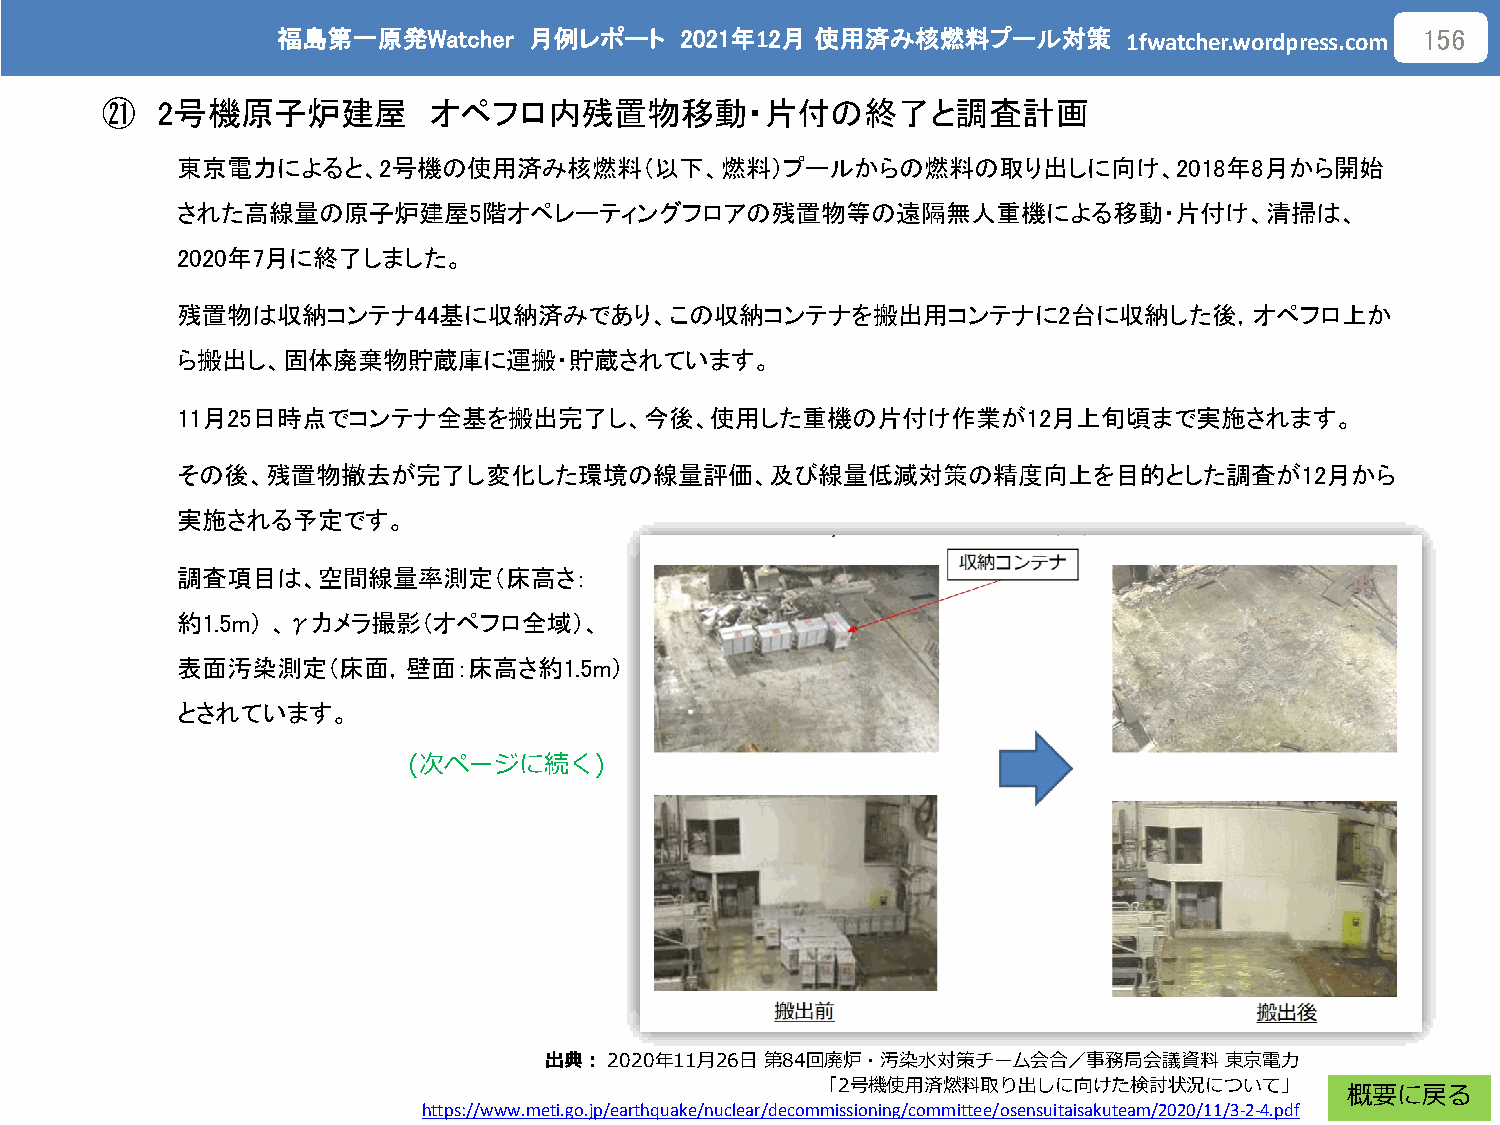
福島第一原発Watcher    月例レポート    2021年12月 使用済み核燃料プール対策
 1fwatcher.wordpress.com
 156
 ㉑  2号機原子炉建屋          オペフロ内残置物移動・片付の終了と調査計画
 東京電力によると、2号機の使用済み核燃料（以下、燃料）プールからの燃料の取り出しに向け、2018年8月から開始
 された高線量の原子炉建屋5階オペレーティングフロアの残置物等の遠隔無人重機による移動・片付け、清掃は、
 2020年7月に終了しました。
 残置物は収納コンテナ44基に収納済みであり、この収納コンテナを搬出用コンテナに2台に収納した後，オペフロ上か
 ら搬出し、固体廃棄物貯蔵庫に運搬・貯蔵されています。
 11月25日時点でコンテナ全基を搬出完了し、今後、使用した重機の片付け作業が12月上旬頃まで実施されます。
 その後、残置物撤去が完了し変化した環境の線量評価、及び線量低減対策の精度向上を目的とした調査が12月から
 実施される予定です。
 調査項目は、空間線量率測定（床高さ：
 約1.5m） 、γカメラ撮影（オペフロ全域）、
 表面汚染測定（床面，壁面：床高さ約1.5m）
 とされています。
 (次ページに続く)
 出典：2020年11月26日 第84回廃炉・汚染水対策チーム会合／事務局会議資料     東京電力
 「2号機使用済燃料取り出しに向けた検討状況について」
 概要に戻る
 https://www.meti.go.jp/earthquake/nuclear/decommissioning/committee/osensuitaisakuteam/2020/11/3-2-4.pdf